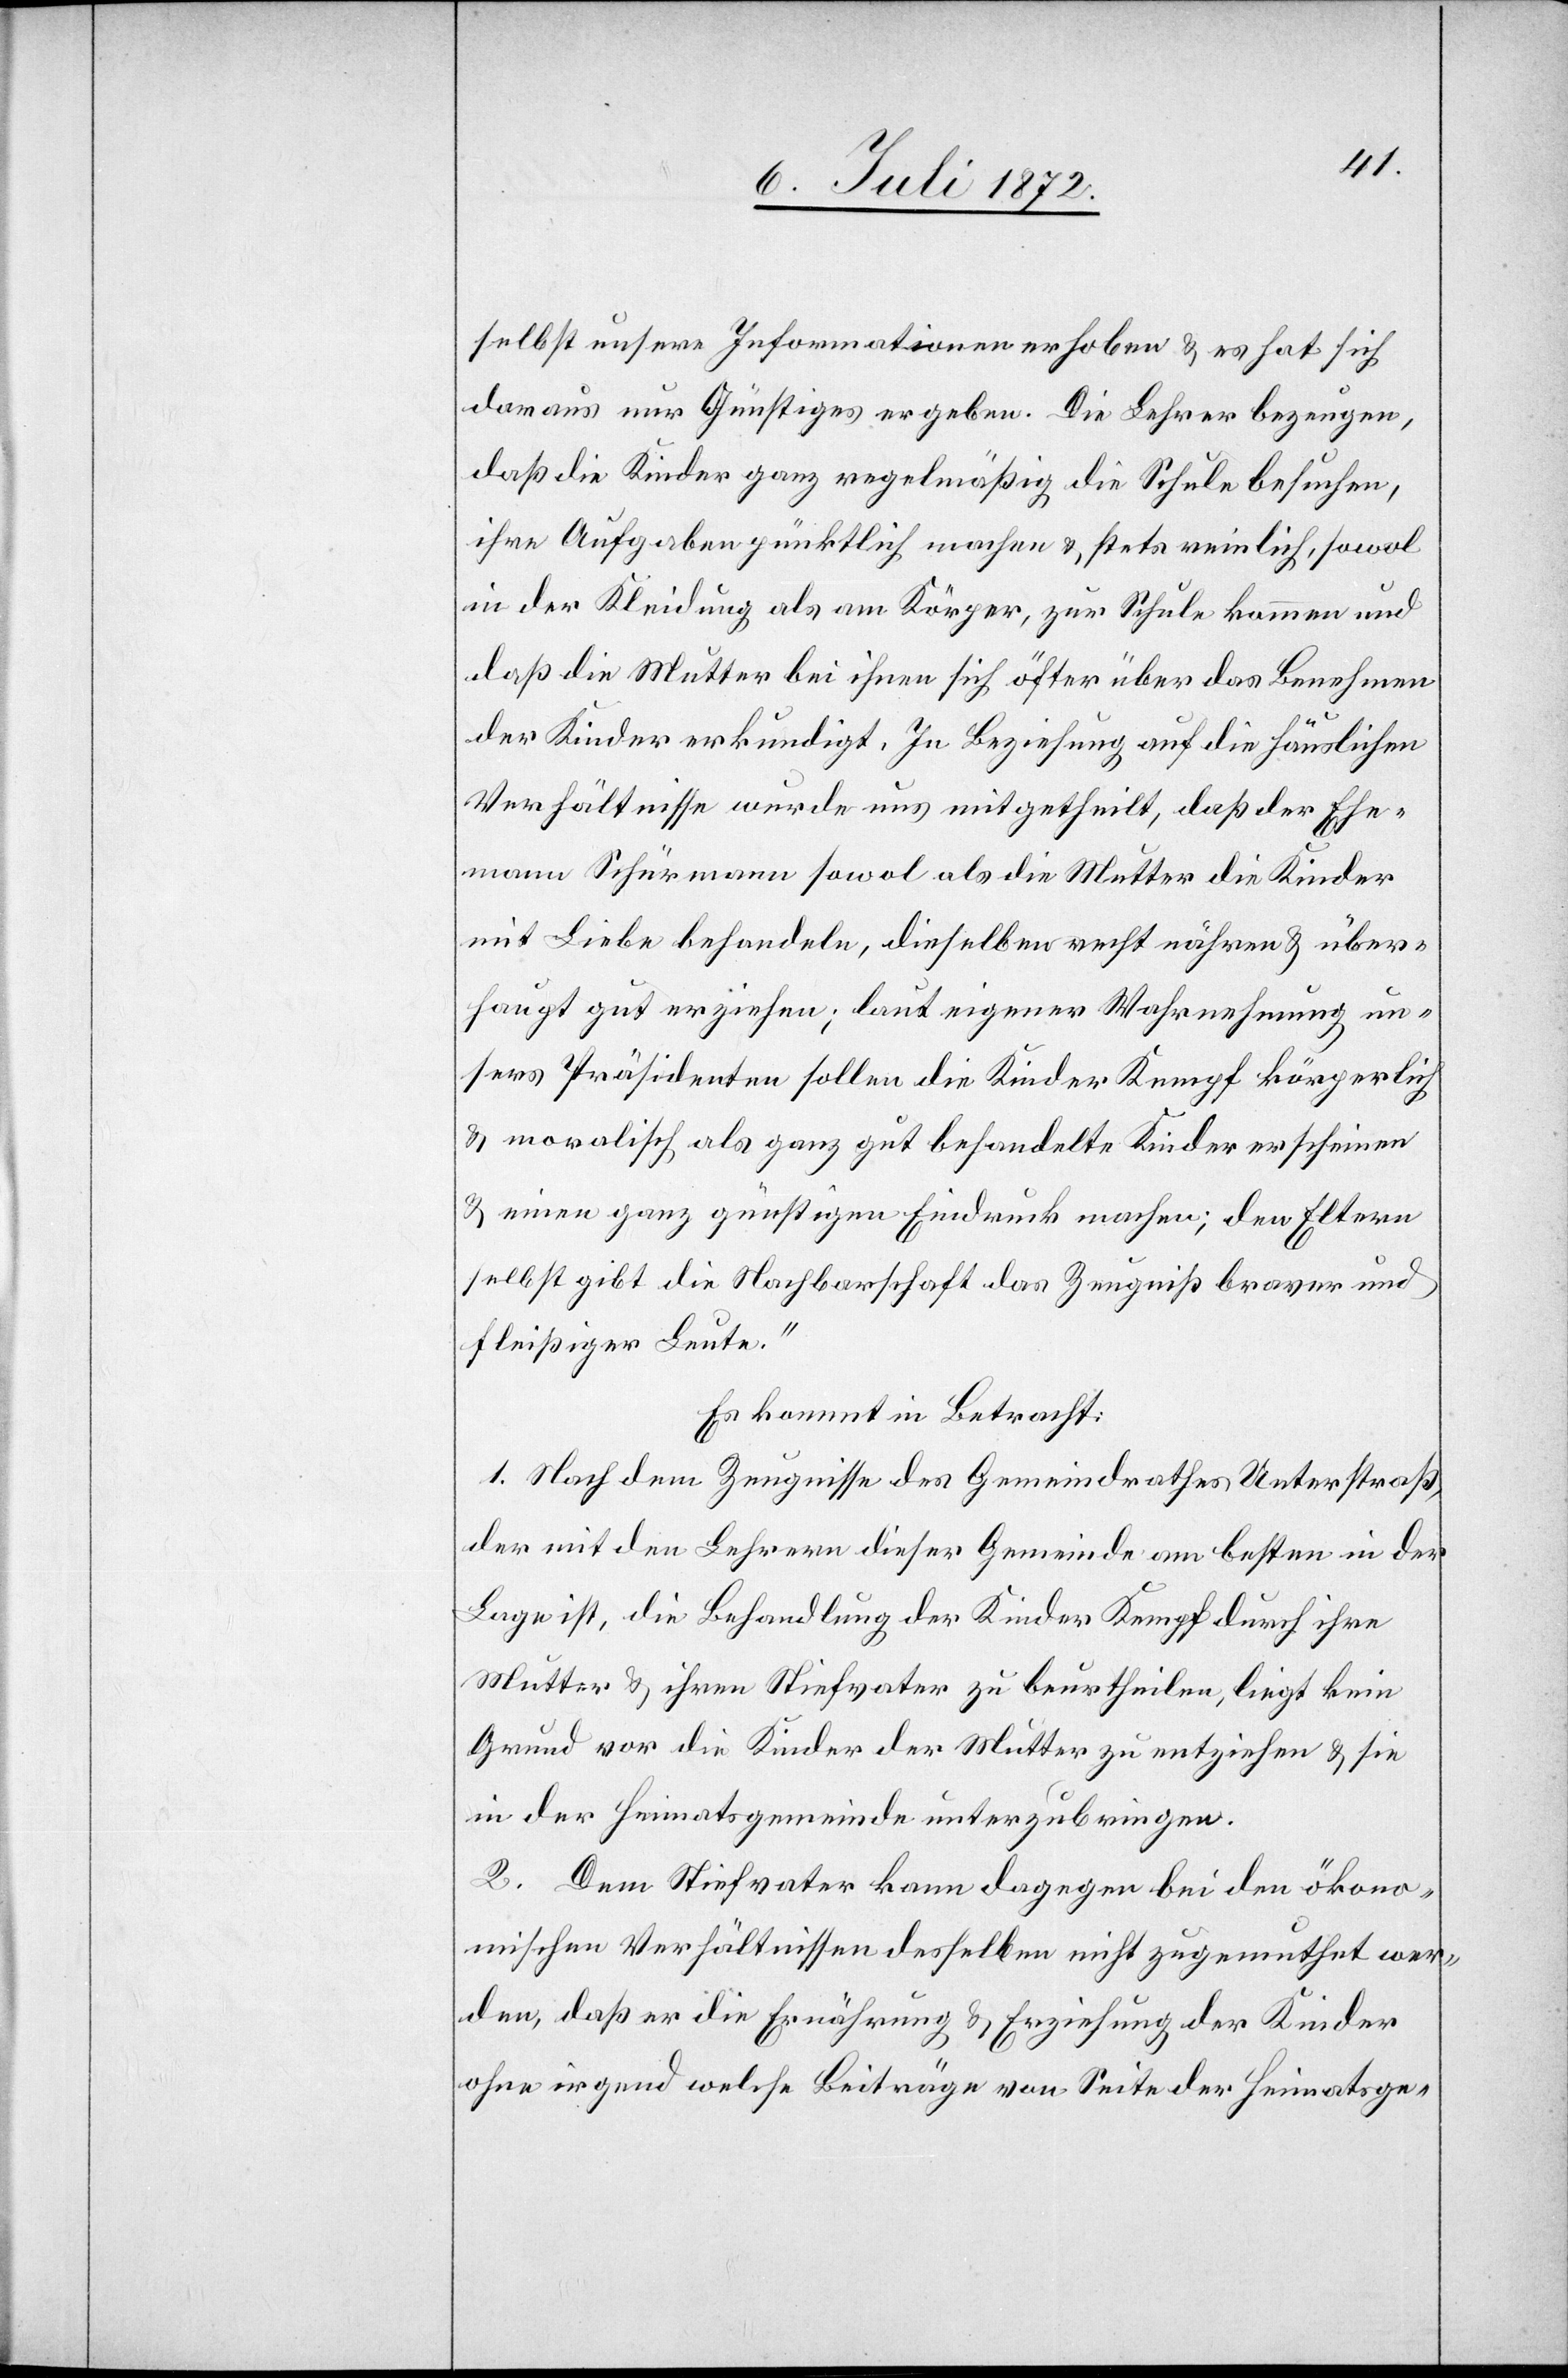
selbst unsere Informationen erhoben u. es hat sich
daraus nur Günstiges ergeben. Die Lehrer bezeugen,
daß die Kinder ganz regelmäßig die Schule besuchen,
ihre Aufgaben pünktlich machen u. stets reinlich, sowol
in der Kleidung als am Körper, zur Schule kommen und
daß die Mutter bei ihnen sich öfter über das Benehmen
der Kinder erkundigt. In Beziehung auf die häuslichen
Verhältnisse wurde uns mitgetheilt, daß der Ehe¬
mann Schürmann sowol als die Mutter die Kinder
mit Liebe behandeln, dieselben recht nähren u. über¬
haupt gut erziehen; laut eigener Wahrnehmung un¬
sers Präsidenten sollen die Kinder Kempf körperlich
u. moralisch als ganz gut behandelte Kinder erscheinen
u. einen ganz günstigen Eindruck machen; den Eltern
selbst gibt die Nachbarschaft das Zeugniß braver und
fleißiger Leute.“
Es kommt in Betracht:
1. Nach dem Zeugnisse des Gemeindrathes Unterstraß,
der mit den Lehrern dieser Gemeinde am besten in der
Lage ist, die Behandlung der Kinder Kempf durch ihre
Mutter u. ihren Stiefvater zu beurtheilen, liegt kein
Grund vor die Kinder der Mutter zu entziehen u. sie
in der Heimatsgemeinde unterzubringen.
2. Dem Stiefvater kann dagegen bei den ökono¬
mischen Verhältnissen desselben nicht zugemuthet wer¬
den, daß er die Ernährung u. Erziehung der Kinder
ohne irgend welche Beiträge von Seite der Heimatsge-